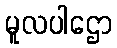
မူလပါဌော